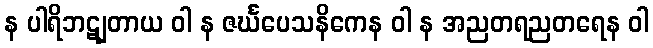
န ပါရိဘဋျတာယ ဝါ န ဇင်္ဃပေသနိကေန ဝါ န အညတရညတရေန ဝါ